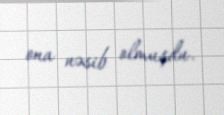
ona nəsib olmuşdu.